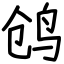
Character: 鸧